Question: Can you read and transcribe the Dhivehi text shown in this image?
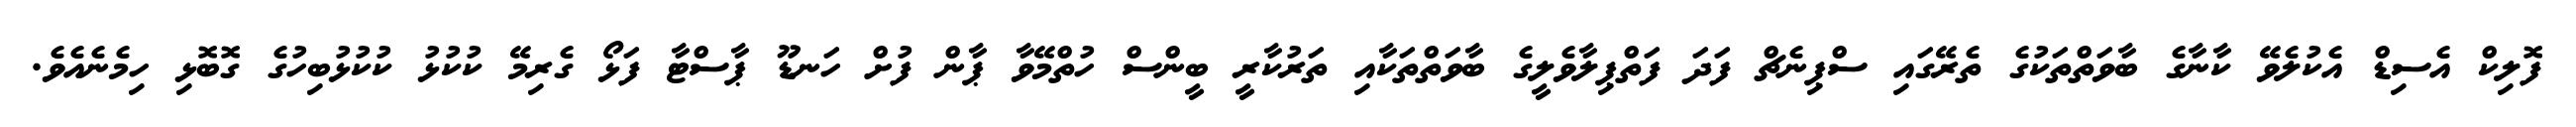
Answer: ފޮލިކް އެސިޑް އެކުލެވޭ ކާނާގެ ބާވަތްތަކުގެ ތެރޭގައި ސްޕިނެޗް ފަދަ ފަތްޕިލާވެލީގެ ބާވަތްތަކާއި ތަރުކާރީ ބީންސް ހުތްމޭވާ ޕާން ފުށް ހަނޑޫ ޕާސްޓާ ފަޅޯ ގެރިމޭ ކުކުޅު ކުކުޅުބިހުގެ ގޮބޮޅި ހިމެނެއެވެ.